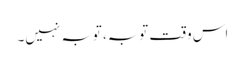
اس وقت توبہ، توبہ نہیں۔